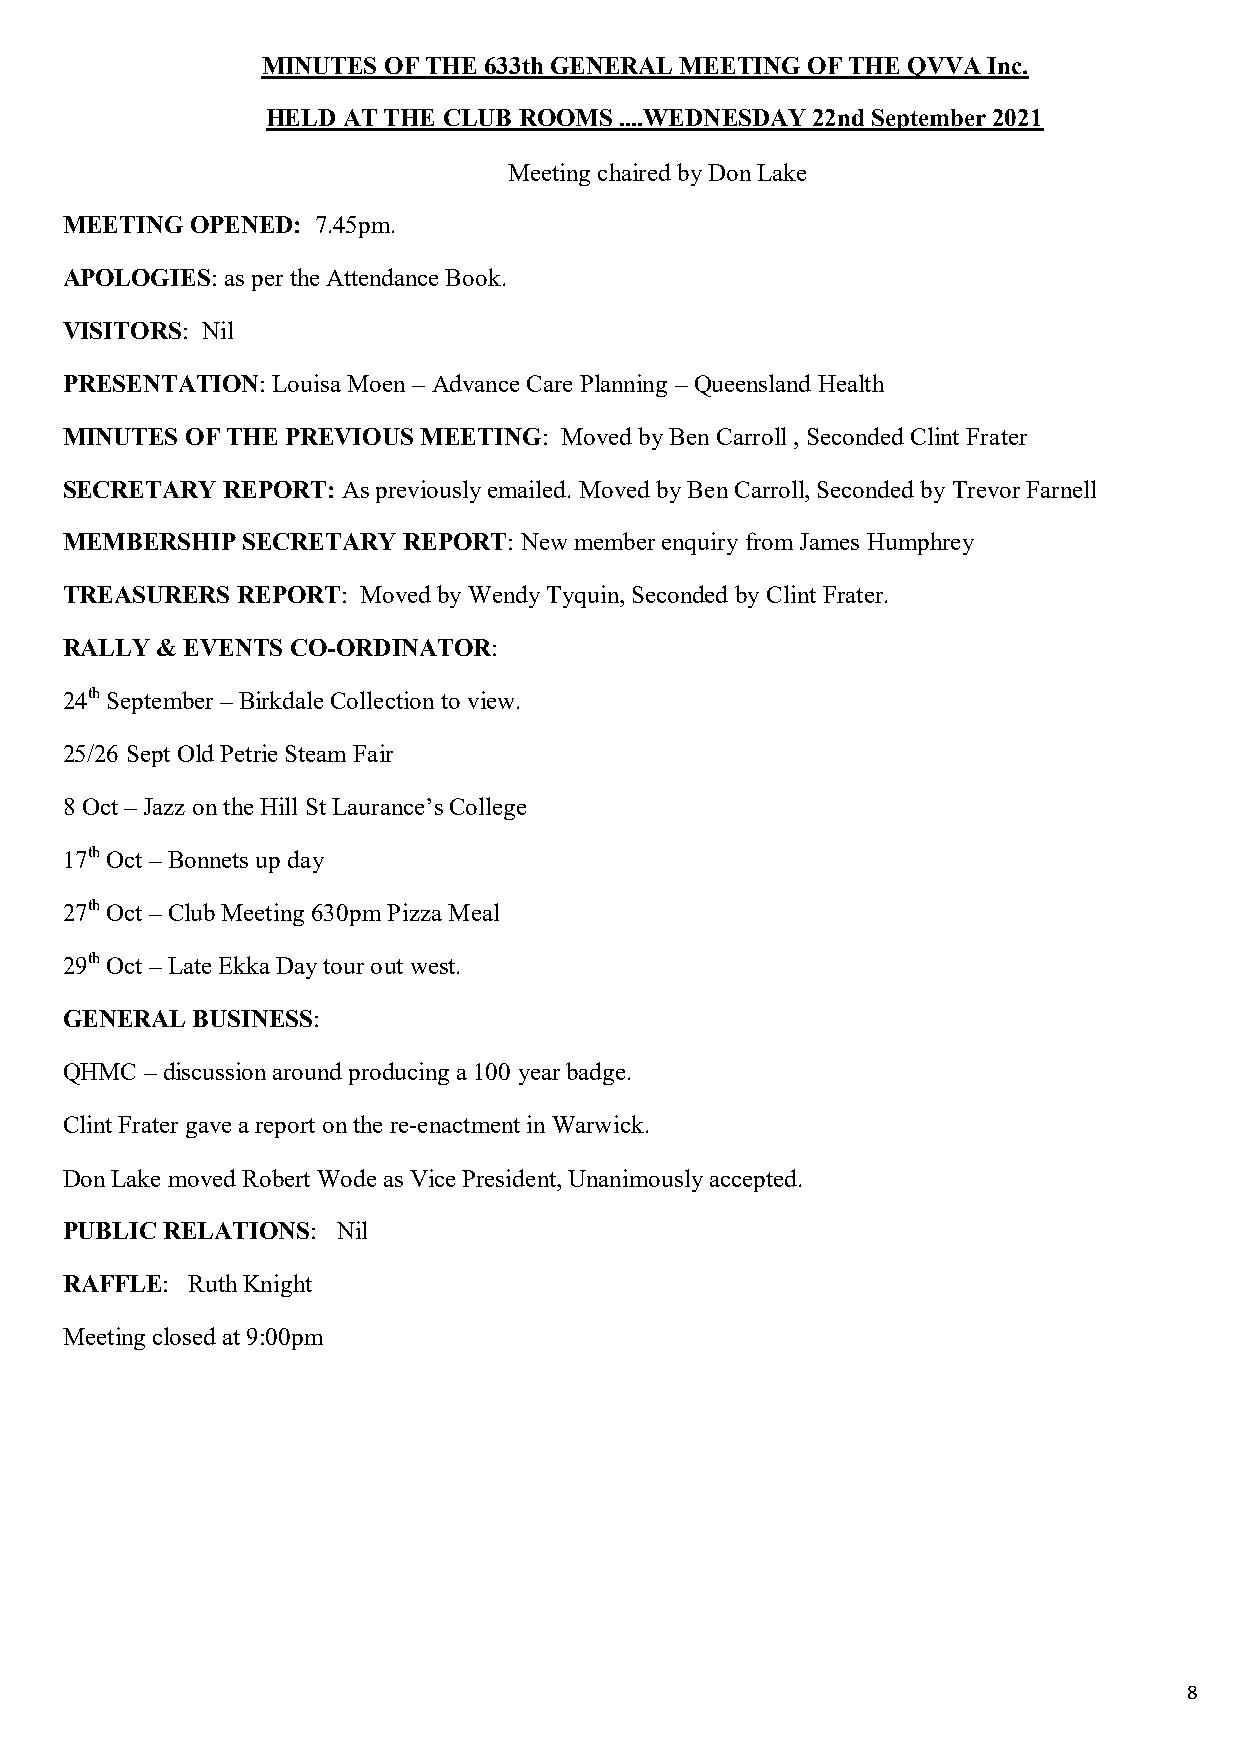
MINUTES OF THE 633th GENERAL MEETING OF THE QVVA Inc.
 HELD AT THE CLUB ROOMS ....WEDNESDAY 22nd September 2021
 Meeting chaired by Don Lake
 MEETING  OPENED: 7.45pm.
 APOLOGIES: as per the Attendance Book.
 VISITORS: Nil
 PRESENTATION: Louisa Moen – Advance Care Planning – Queensland Health
 MINUTES OF THE PREVIOUS MEETING: Moved by Ben Carroll , Seconded Clint Frater
 SECRETARY  REPORT: As previously emailed. Moved by Ben Carroll, Seconded by Trevor Farnell
 MEMBERSHIP  SECRETARY  REPORT: New member enquiry from James Humphrey
 TREASURERS  REPORT: Moved by Wendy Tyquin, Seconded by Clint Frater.
 RALLY & EVENTS CO-ORDINATOR:
 24th September – Birkdale Collection to view.
 25/26 Sept Old Petrie Steam Fair
 8 Oct – Jazz on the Hill St Laurance’s College
 17th Oct – Bonnets up day
 27th Oct – Club Meeting 630pm Pizza Meal
 29th Oct – Late Ekka Day tour out west.
 GENERAL  BUSINESS:
 QHMC  – discussion around producing a 100 year badge.
 Clint Frater gave a report on the re-enactment in Warwick.
 Don Lake moved Robert Wode as Vice President, Unanimously accepted.
 PUBLIC RELATIONS: Nil
 RAFFLE: Ruth Knight
 Meeting closed at 9:00pm
 8